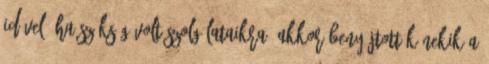
idővel, ha szükség volt szolgálataikra, akkor benyújtották nekik a